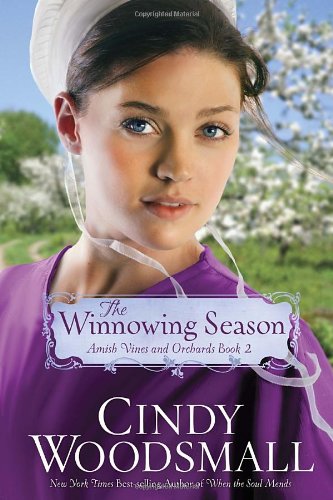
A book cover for The Winnowing Season: Book Two in the Amish Vines and Orchards Series; Cindy Woodsmall; Romance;